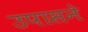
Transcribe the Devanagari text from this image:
उपासने